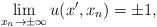
LaTeX: \begin{align*} \lim_{x_n\to\pm\infty} u(x',x_n)=\pm1,\end{align*}